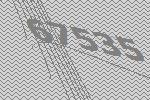
67535